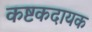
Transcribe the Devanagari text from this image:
कष्टकदायक